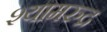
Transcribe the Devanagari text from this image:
श्यामरुद्र